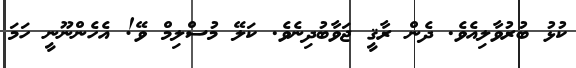
ކުޅު ބުރުވާލިއެވެ. ދެން ރާޤީ ޖަވާބުދިނެވެ. ކަލޭ މުސްލިމް ވޭ! އެހެންނޫނީ ހަމަ